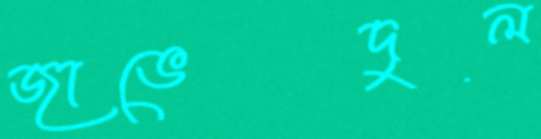
জাভেদুল